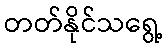
တတ်နိုင်သရွေ့